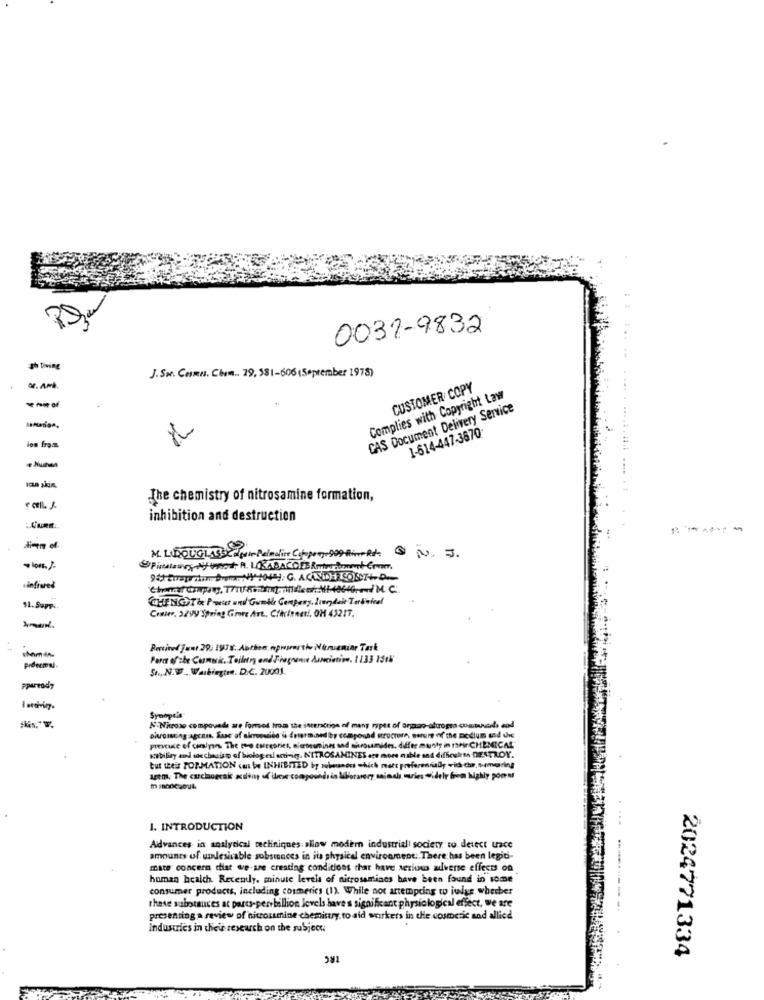
0031-9832
Sh Diving
J. Sr. CARI. Com. 29, 381-606 (September 1978)
CUSTOMER COPY
Complies with Copyright Law
CAS Document Delivery Service
1-614-447-3670
ion from
an akin.
The chemistry of nitrosamine formation,
inhibition and destruction
M. L.DOUGLASSCJfair-Pelaalice Cooper,909 Him-Rx-
N.3.
51.Som<
Conser, 22Vy Spring Giore Art ., Clicineen !. OH 43217.
stam-n.
Perc of the Cusmusic. Toiletry and Fragrance Aunciation, 1133 1518
prdecmal.
So, N.W . Washington, D.C. 20001.
ppaready
Synopt's
N-Nitroso compovads are Formed from the interaction of mans riptt of organo-altrogra comtuvada dod
Divosing agcan. Suac af skrossdibe' is determined ihy compound structure, morure of the medium sad une
preacute of carlyses The moo cseesties, n'asesmine sad ohrosmides, differ munty in meir CHEMICAL"
kabiliry and toschauiso of biologeal activity. NITROSAMINES are more nable sad difficusks-DESTROY.
tut their FORMATION cui I INHIBITED by wolnanous which mats preferennially wich che, semaring
....
1. INTRODUCTION
Advances in analytical techniques allow modern industriali society, to detect unce
amounts of undesirable substances in its physical environment .. There has been legid-
mate concern dist we are creating conditions that have serious adverse effects on
human health. Recently, minute levels of nitrosamians have been found in some
consumer products, including cosmetics (1). While not attempting to judge wherber
these substances at parts-per billion levels have s significant physiological effect, we are
presenting a review of nitrousmine chemistry, to aid workers in the cosmetic and allied
Industries in their research on the subject
IRC
2024771334